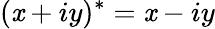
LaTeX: (\mathit{x}+iy)^{*}=\mathit{x}-iy